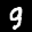
Label: 9